system: You are a helpful assistant.
user:
Analyze the provided spectrum to determine if it is a **M-type Giant (gM)**.

A M-type Giant spectrum is defined by its **strong molecular absorption** features, particularly from **Titanium Oxide (TiO)**. You must check for one of the following mutually exclusive signatures:

- **Key Visual Indicators (Absorption-Dominated Spectrum):**

    - **(Primary):** The spectrum is dominated by strong molecular absorption from **Titanium Oxide (TiO)**. This is the **defining feature** of its M-type temperature class.
        - **(Key Bandheads):** Look for sharp, "saw-tooth" absorption valleys. The strongest are located near **~7050 Å**, **~6160 Å**, and **~5170 Å**.
        - **(Line Profile):** The "saw-tooth" morphology is critical: a **sharp, steep drop on the BLUE (short-wavelength) side** of the bandhead, followed by a gradual recovery (rising flux) towards the RED (long-wavelength) side.

    - **(Key Confirmation - Giant vs. Dwarf):** **ABSENCE** of strong **Calcium Hydride (CaH)** molecular bands. This is the primary diagnostic for *excluding* M-dwarfs.
        - **(Key Region):** The spectrum should lack the strong, broad absorption band seen in dwarfs between **~6800 Å and ~7000 Å**.

    - **(Secondary Confirmation - Giant):** A very strong and broad **Neutral Calcium (Ca I)** atomic absorption line.
        - **(Key Line):** Located at **~4226 Å**. In a giant (gM), this line is significantly deeper and broader than the same line in an M-dwarf (dM) due to low surface gravity.

    - **(Overall Spectrum):**
        - The continuum is **extremely red-sloping** (i.e., flux is very low in the blue and rises dramatically towards the red).
        - The entire spectrum appears "chopped up" by the deep TiO bands.

Think first, call **spectral_visualization_tool** if needed to examine features in detail, then provide your final answer. Your response must adhere to the following strict rules:
1.  **Overall Structure:** Your response must follow the format `<think>...</think> <tool_call>...</tool_call> (if a tool is used) <answer>...</answer>`.
2.  **Tool Usage Constraint:** You may only make **one** tool call per turn.
3.  **Final Answer Format:** In the `<answer>` tag, your conclusion must be inside a `\boxed{}` command (e.g., `\boxed{YES}` or `\boxed{NO}`), followed by your justification.

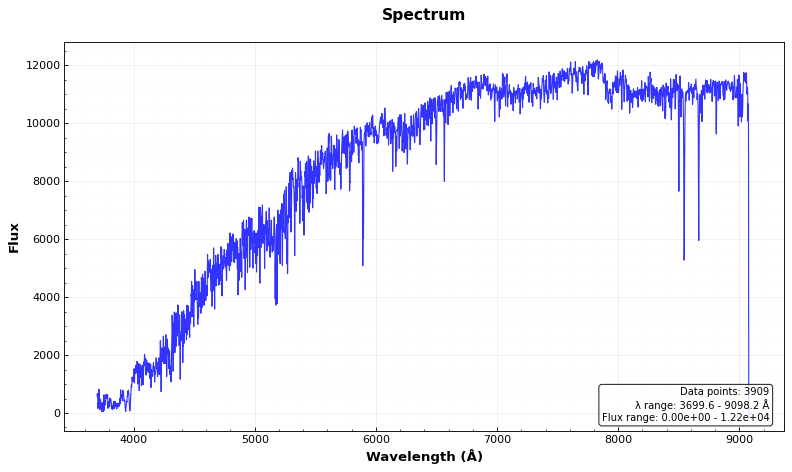
Answer: NO